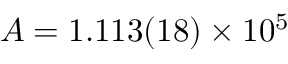
A = 1 . 1 1 3 ( 1 8 ) \times 1 0 ^ { 5 }